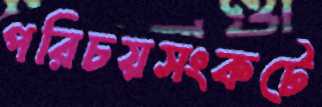
পরিচয়সংকটে